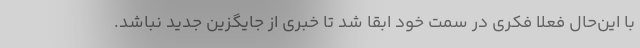
با این‌حال فعلا فکری در سمت خود ابقا شد تا خبری از جایگزین جدید نباشد.